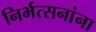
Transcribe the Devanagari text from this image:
निर्भत्सनांना